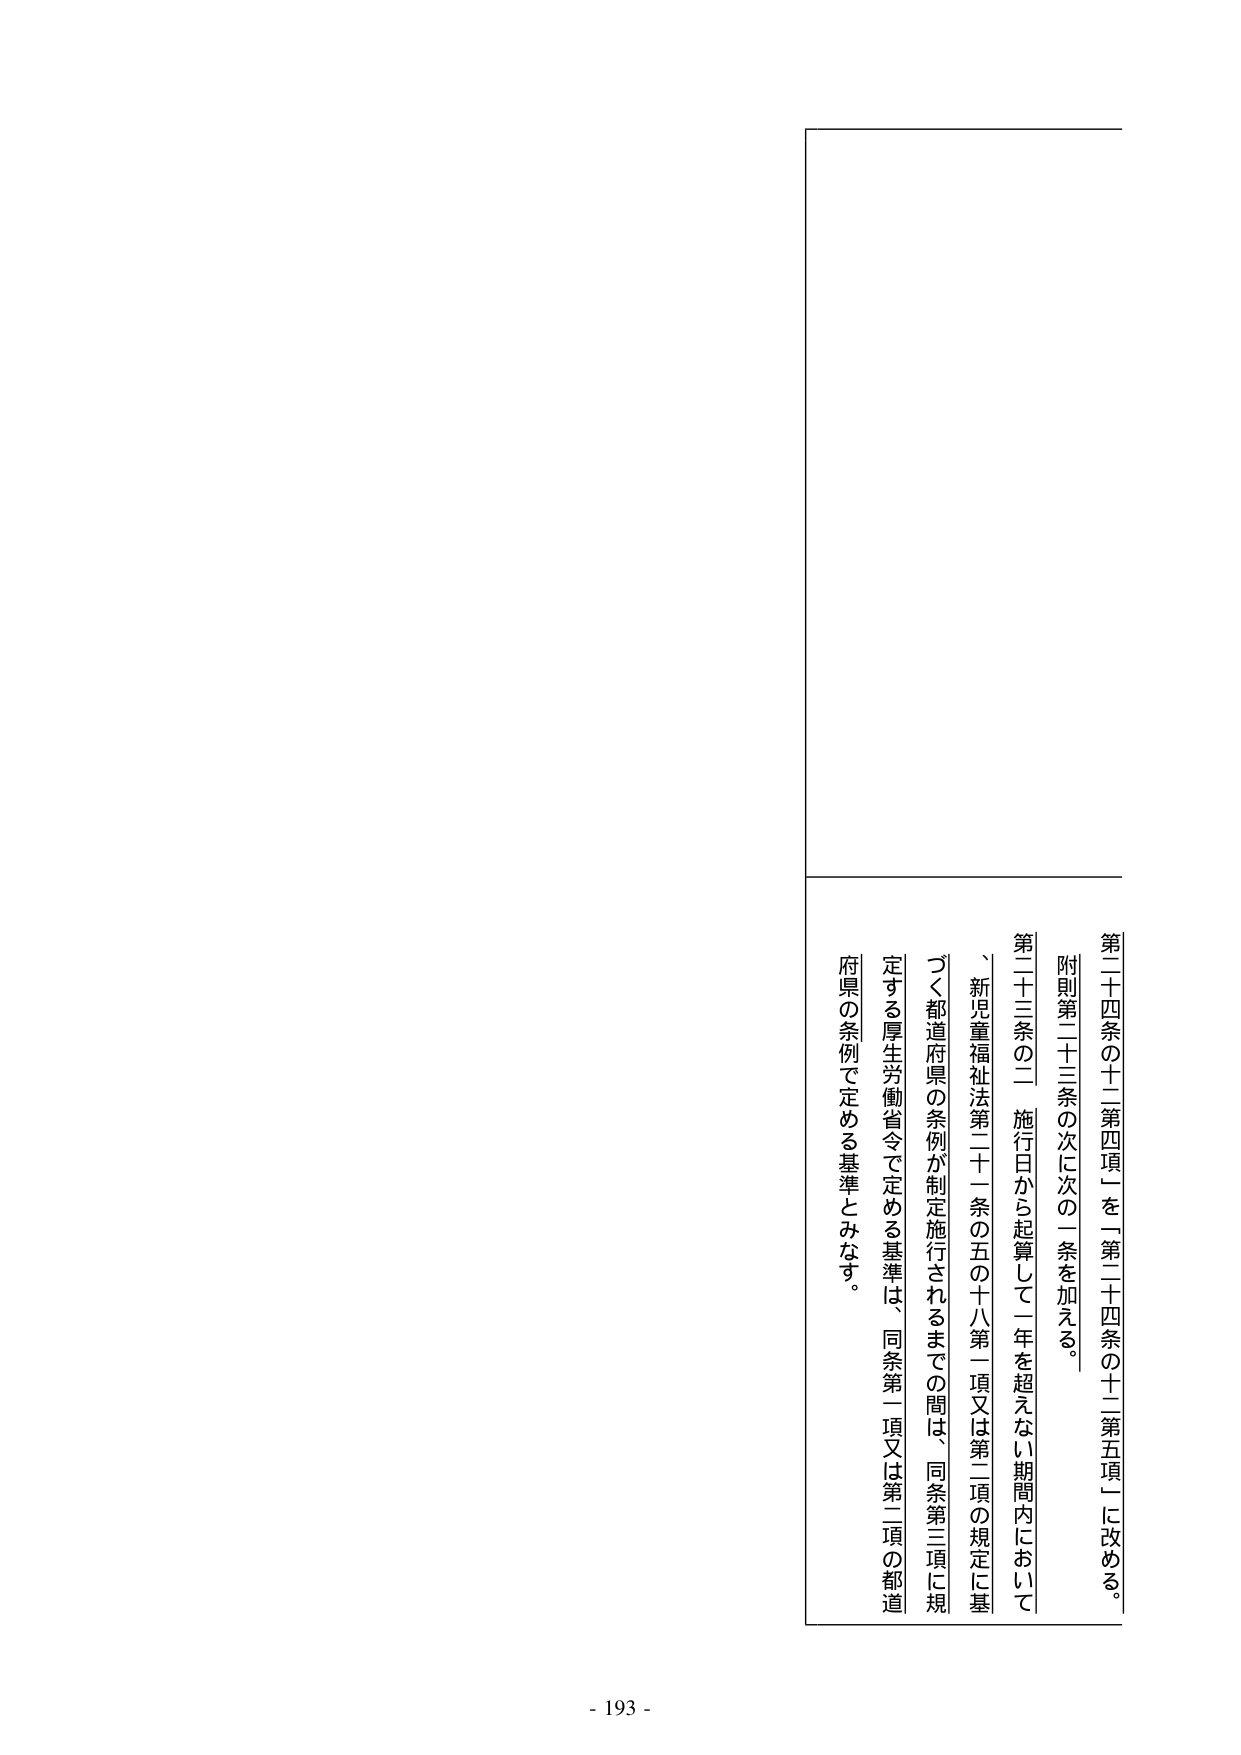
第二十四条の十二第四項」を「第二十四条の十二第五項」に改める。

附則第二十三条の次に次の一条を加える。

第二十三条の二　施行日から起算して一年を超えない期間内において
、新児童福祉法第二十一条の五の十八第一項又は第二項の規定に基
づく都道府県の条例が制定施行されるまでの間は、同条第三項に規
定する厚生労働省令で定める基準は、同条第一項又は第二項の都道
府県の条例で定める基準とみなす。

- 193 -